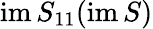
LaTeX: \mathrm{im\, }S_{11}(\mathrm{im}\, S)